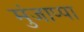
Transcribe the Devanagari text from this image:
मुंजाप्पा